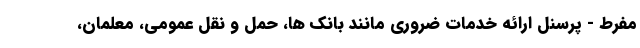
مفرط - پرسنل ارائه خدمات ضروری مانند بانک ها، حمل و نقل عمومی، معلمان،